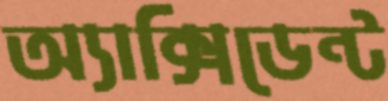
অ্যাক্সিডেন্ট